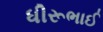
ધીરૂભાઈ